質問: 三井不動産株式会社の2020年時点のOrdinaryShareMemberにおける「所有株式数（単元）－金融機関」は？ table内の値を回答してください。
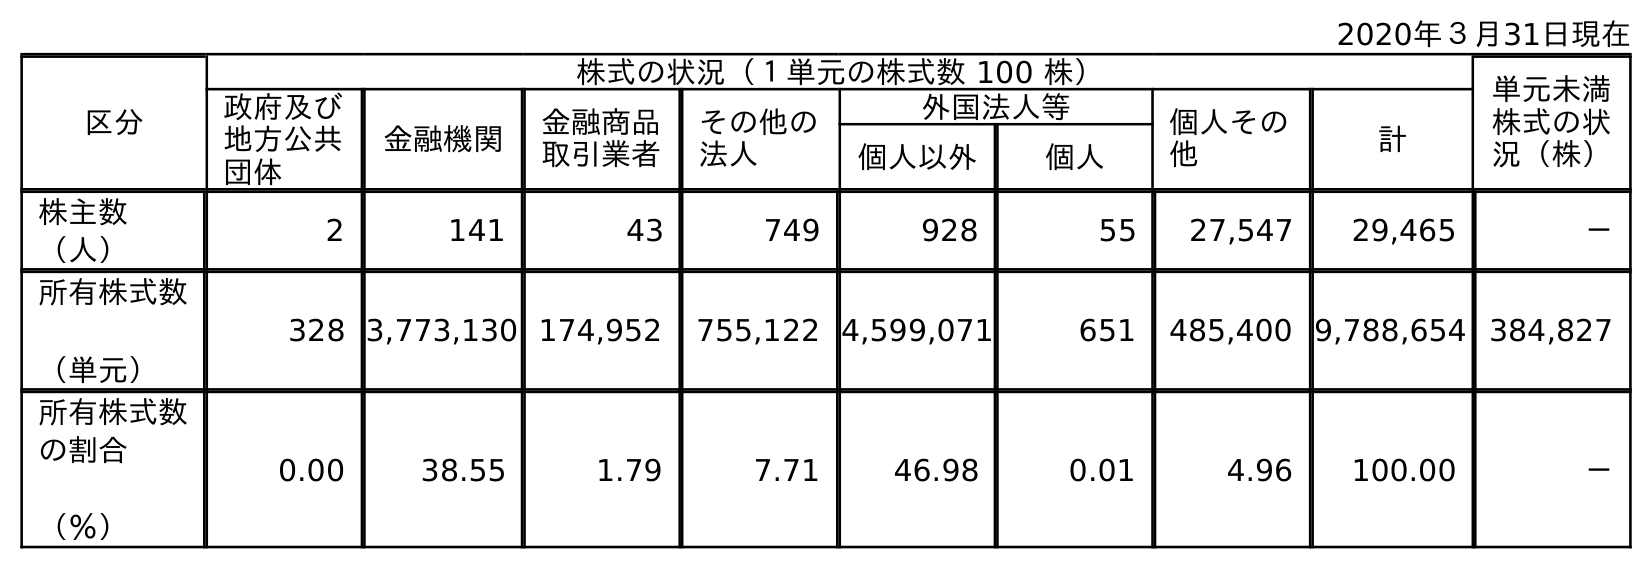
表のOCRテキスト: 2020年３月31日現在 区分 株式の状況（１単元の株式数 100 株） 単元未満 株式の状 況（株） 政府及び 地方公共 団体 金融機関 金融商品 取引業者 その他の 法人 外国法人等 個人その 他 計 個人以外 個人 株主数 （人） 2 141 43 749 928 55 27,547 29,465 － 所有株式数 （単元） 328 3,773,130 174,952 755,122 4,599,071 651 485,400 9,788,654 384,827 所有株式数 の割合 （％） 0.00 38.55 1.79 7.71 46.98 0.01 4.96 100.00 －
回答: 3,773,130